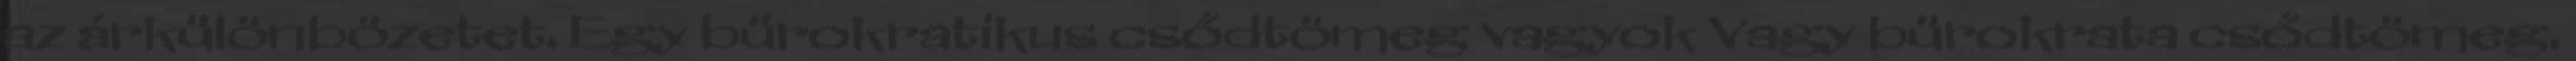
az árkülönbözetet. Egy bürokratikus csődtömeg vagyok Vagy bürokrata csődtömeg.